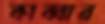
কাব্বার